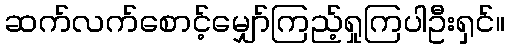
ဆက်လက်စောင့်မျှော်ကြည့်ရှုကြပါဦးရှင်။